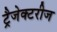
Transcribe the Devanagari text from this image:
ट्रैजेक्टरीज